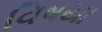
વિષયા